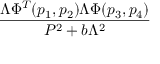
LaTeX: \frac { \Lambda \Phi ^ { T } ( p _ { 1 } , p _ { 2 } ) \Lambda \Phi ( p _ { 3 } , p _ { 4 } ) } { P ^ { 2 } + b \Lambda ^ { 2 } }